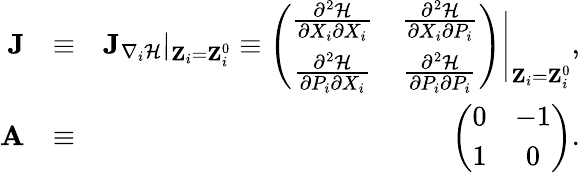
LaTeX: \begin{array}{rlr}{{\mathbf J}}&{\equiv}&{{\mathbf J}_{\nabla_{i}\mathcal{H}}|_{{\mathbf Z}_{i}={\mathbf Z}_{i}^{0}}\equiv\left(\begin{array}{cc}{\frac{\partial^{2}\mathcal{H}}{\partial X_{i}\partial X_{i}}}&{\frac{\partial^{2}\mathcal{H}}{\partial X_{i}\partial P_{i}}}\\ {\frac{\partial^{2}\mathcal{H}}{\partial P_{i}\partial X_{i}}}&{\frac{\partial^{2}\mathcal{H}}{\partial P_{i}\partial P_{i}}}\end{array}\right)\Bigg\vert_{{\mathbf Z}_{i}={\mathbf Z}_{i}^{0}},}\\ {{\mathbf A}}&{\equiv}&{\left(\begin{array}{cc}{0}&{-1}\\ {1}&{0}\end{array}\right).}\end{array}